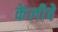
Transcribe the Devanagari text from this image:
केलीचे